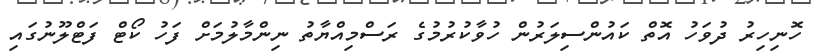
ހޮނިހިރު ދުވަހު އޮތް ކައުންސިލަރުން ހުވާކުރުމުގެ ރަސްމިއްޔާތު ނިންމާލުމަށް ފަހު ކޯޓް ފަޓްލޫނުގައި